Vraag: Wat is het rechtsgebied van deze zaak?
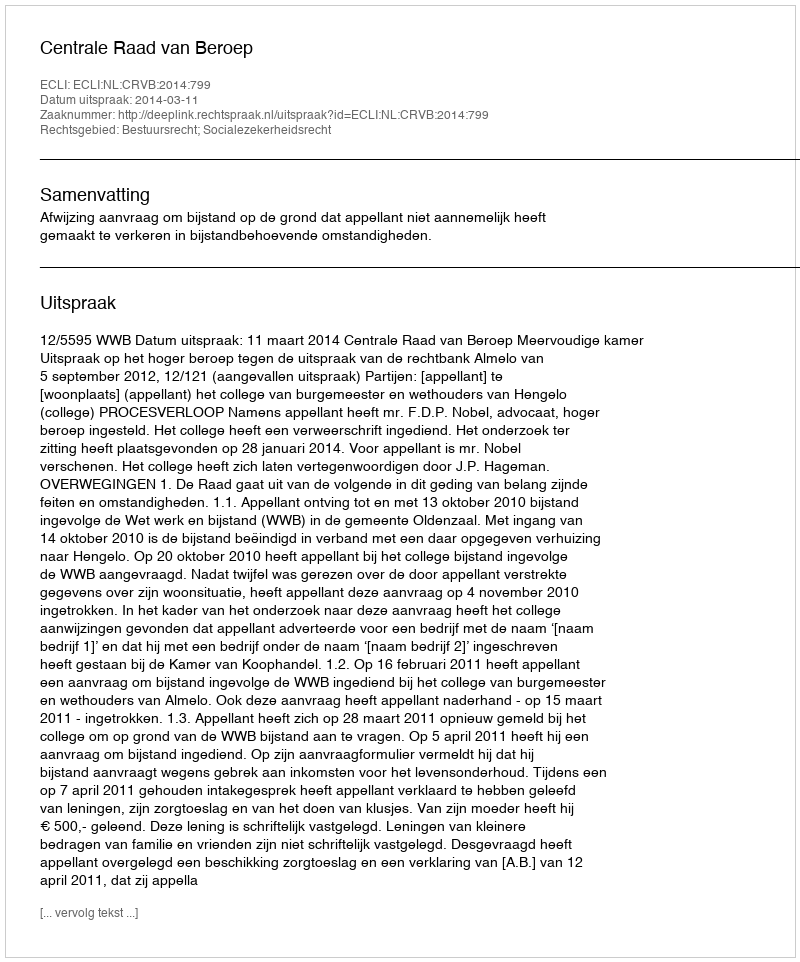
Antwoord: Bestuursrecht; Socialezekerheidsrecht